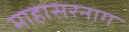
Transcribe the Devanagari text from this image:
माहासरनाग